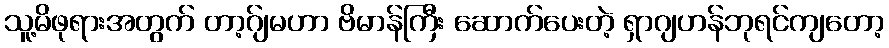
သူ့မိဖုရားအတွက် တာ့ဂ်ျမဟာ ဗိမာန်ကြီး ဆောက်ပေးတဲ့ ရှာဂျဟန်ဘုရင်ကျတော့